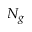
N _ { g }